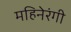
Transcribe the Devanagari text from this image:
महिनेरंगी